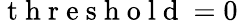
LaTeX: \mathrm{~t~h~r~e~s~h~o~l~d~}=0